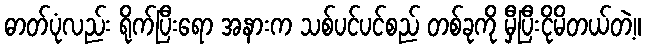
ဓာတ်ပုံလည်း ရိုက်ပြီးရော အနားက သစ်ပင်ပင်စည် တစ်ခုကို မှီပြီးငိုမိတယ်တဲ့။